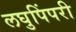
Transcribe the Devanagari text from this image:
लघुपिंपरी